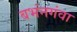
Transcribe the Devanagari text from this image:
बभंनगंवा